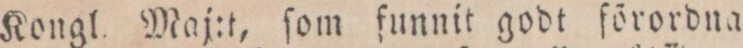
Kongl. Maj:t, ſom funnit godt förordna